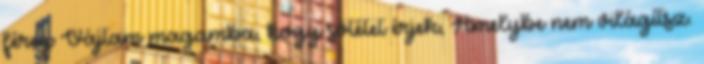
féreg Vájtam magamba, hogy sötétet érjek, Amelybe nem világítsz.